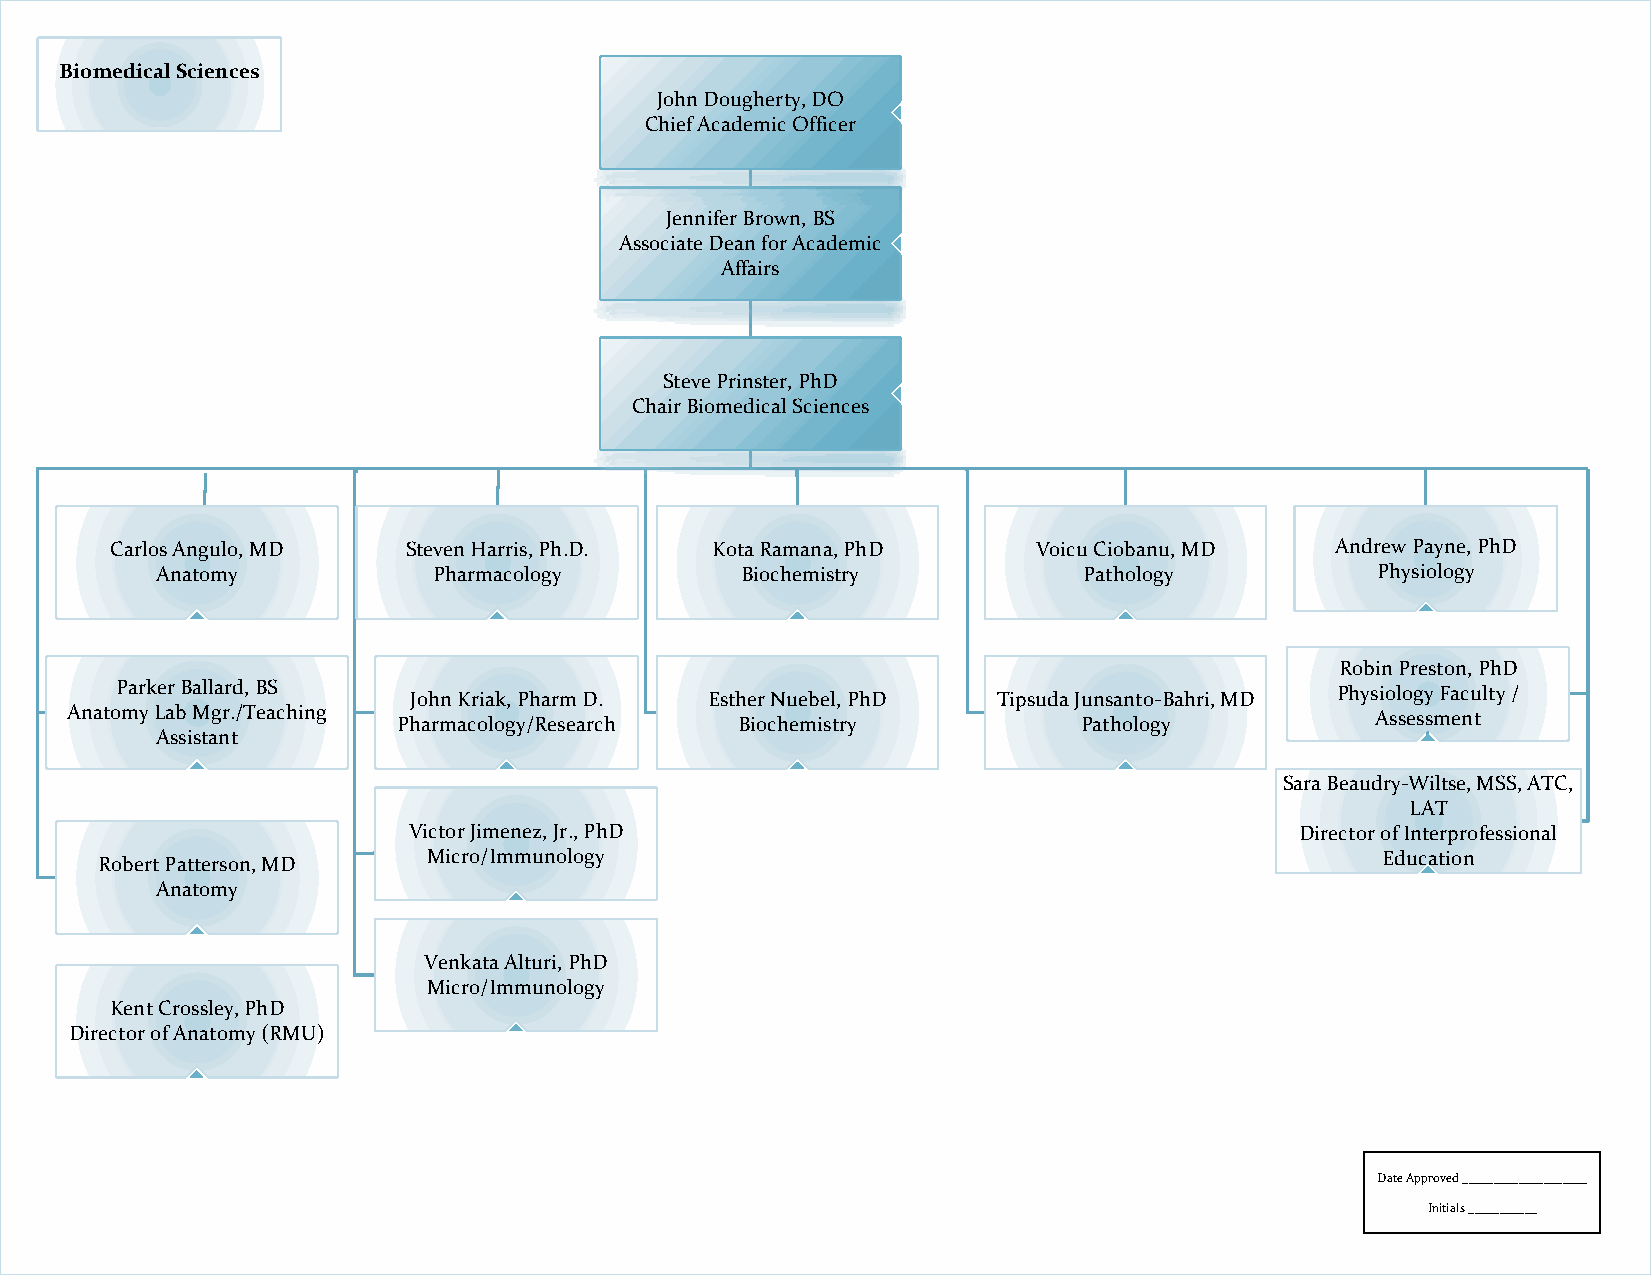
BBiioommeeddiiccaall SScciieenncceess
 JJJooohhhnnn DDDooouuuggghhheeerrrtttyyy,,, DDDOOO
 CChhiieeff AAccaaddeemmiicc OOffffiicceerr
 JJJeeennnnnniiifffeeerrr BBBrrrooowwwnnn,,, BBBSSS
 AAssssoocciiaattee DDeeaann ffoorr AAccaaddeemmiicc
 AAffffaaiirrss
 SSSttteeevvveee PPPrrriiinnnsssttteeerrr,,, PPPhhhDDD
 CChhaaiirr BBiioommeeddiiccaall SScciieenncceess
 CCaarrllooss AAnngguulloo,, MMDD SStteevveenn HHaarrrriiss,, PPhh..DD.. KKoottaa RRaammaannaa,, PPhhDD VVooiiccuu CCiioobbaannuu,, MMDD AAnnddrreeww PPaayynnee,, PPhhDD
 AAnnaattoommyy     PPhhaarrmmaaccoollooggyy BBiioocchheemmiissttrryy PPaatthhoollooggyy PPhhyyssiioollooggyy
 RRoobbiinn PPrreessttoonn,, PPhhDD
 PPaarrkkeerr BBaallllaarrdd,, BBSS JJoohhnn KKrriiaakk,, PPhhaarrmm DD.. EEsstthheerr NNuueebbeell,, PPhhDD TTiippssuuddaa JJuunnssaannttoo--BBaahhrrii,, MMDD PPhhyyssiioollooggyy FFaaccuullttyy //
 AAnnaattoommyy LLaabb MMggrr..//TTeeaacchhiinngg PPhhaarrmmaaccoollooggyy//RReesseeaarrcchh BBiioocchheemmiissttrryy PPaatthhoollooggyy AAsssseessssmmeenntt
 AAssssiissttaanntt
 SSaarraa BBeeaauuddrryy--WWiillttssee,, MMSSSS,, AATTCC,,
 LLAATT
 VViiccttoorr JJiimmeenneezz,, JJrr..,, PPhhDD              DDiirreeccttoorr ooff IInntteerrpprrooffeessssiioonnaall
 MMiiccrroo//IImmmmuunnoollooggyy                               EEdduuccaattiioonn
 RRoobbeerrtt PPaatttteerrssoonn,, MMDD
 AAnnaattoommyy
 VVeennkkaattaa AAllttuurrii,, PPhhDD
 MMiiccrroo//IImmmmuunnoollooggyy
 KKeenntt CCrroosssslleeyy,, PPhhDD
 DDiirreeccttoorr ooff AAnnaattoommyy ((RRMMUU))
 Date Approved ____________________
 Initials ___________